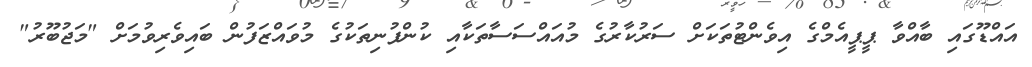
އައްޑޫގައި ބާއްވާ ޕީޕީއެމްގެ އިވެންޓުތަކަށް ސަރުކާރުގެ މުއައްސަސާތަކާއި ކުންފުނިތަކުގެ މުވައްޒަފުން ބައިވެރިވުމަށް "މަޖުބޫރު"